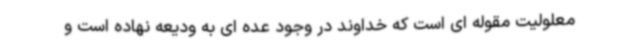
معلولیت مقوله ای است که خداوند در وجود عده ای به ودیعه نهاده است و